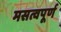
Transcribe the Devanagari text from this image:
मसत्वपूर्ण